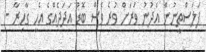
ފަލަސްތީނުން އެދުނު ވަރަށް ވުރެ ވެސް ބޮޑު އަދަދެއްގެ އެހީ ގާހިރާ -